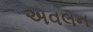
અવલન